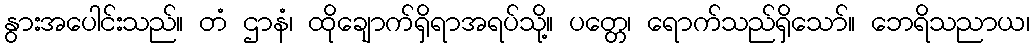
နွားအပေါင်းသည်။ တံ ဌာနံ၊ ထိုချောက်ရှိရာအရပ်သို့။ ပတ္တေ၊ ရောက်သည်ရှိသော်။ ဘေရိသညာယ၊